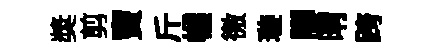
奬剪竇斤幄徼璇腳晴跨